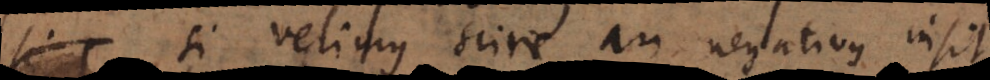
si velimus scire an negativus insit